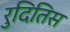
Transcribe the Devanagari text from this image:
रुदितिस